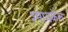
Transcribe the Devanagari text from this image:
श्मायकेल